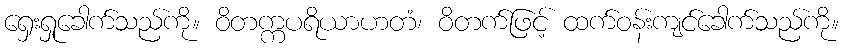
ရှေးရှုခေါက်သည်ကို။ ဝိတက္ကပရိယာဟတံ၊ ဝိတက်ဖြင့် ထက်ဝန်းကျင်ခေါက်သည်ကို။